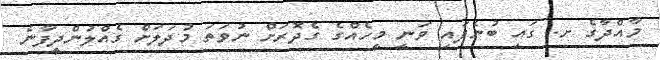
މާއްދާގެ ށ. ގައި ބުނެފައި ވަނީ މީހެއްގެ ގެދޮރަށް ނުވަތަ މުދަލަށް ގެއްލުންދީފާނެ